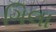
ગિલા